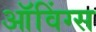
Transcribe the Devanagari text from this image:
ऑविंग्स